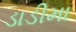
ડાડીમા